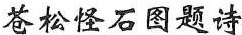
苍松怪石图题诗